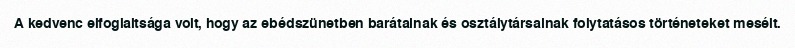
A kedvenc elfoglaltsága volt, hogy az ebédszünetben barátainak és osztálytársainak folytatásos történeteket mesélt.